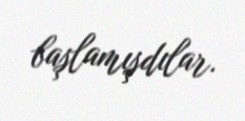
başlamışdılar.